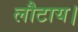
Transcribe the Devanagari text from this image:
लौटाय।